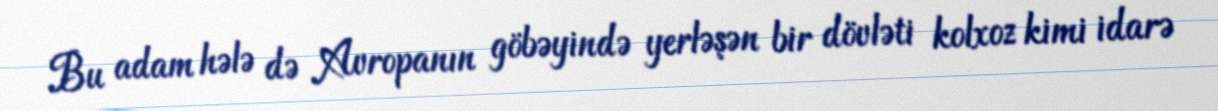
Bu adam hələ də Avropanın göbəyində yerləşən bir dövləti kolxoz kimi idarə